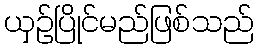
ယှဉ်ပြိုင်မည်ဖြစ်သည်